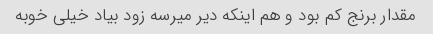
مقدار برنج کم بود و هم اینکه دیر میرسه زود بیاد خیلی خوبه